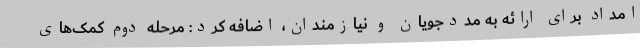
امداد برای ارائه به مددجویان و نیازمندان، اضافه کرد: مرحله دوم کمک‌های